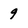
Character: 9